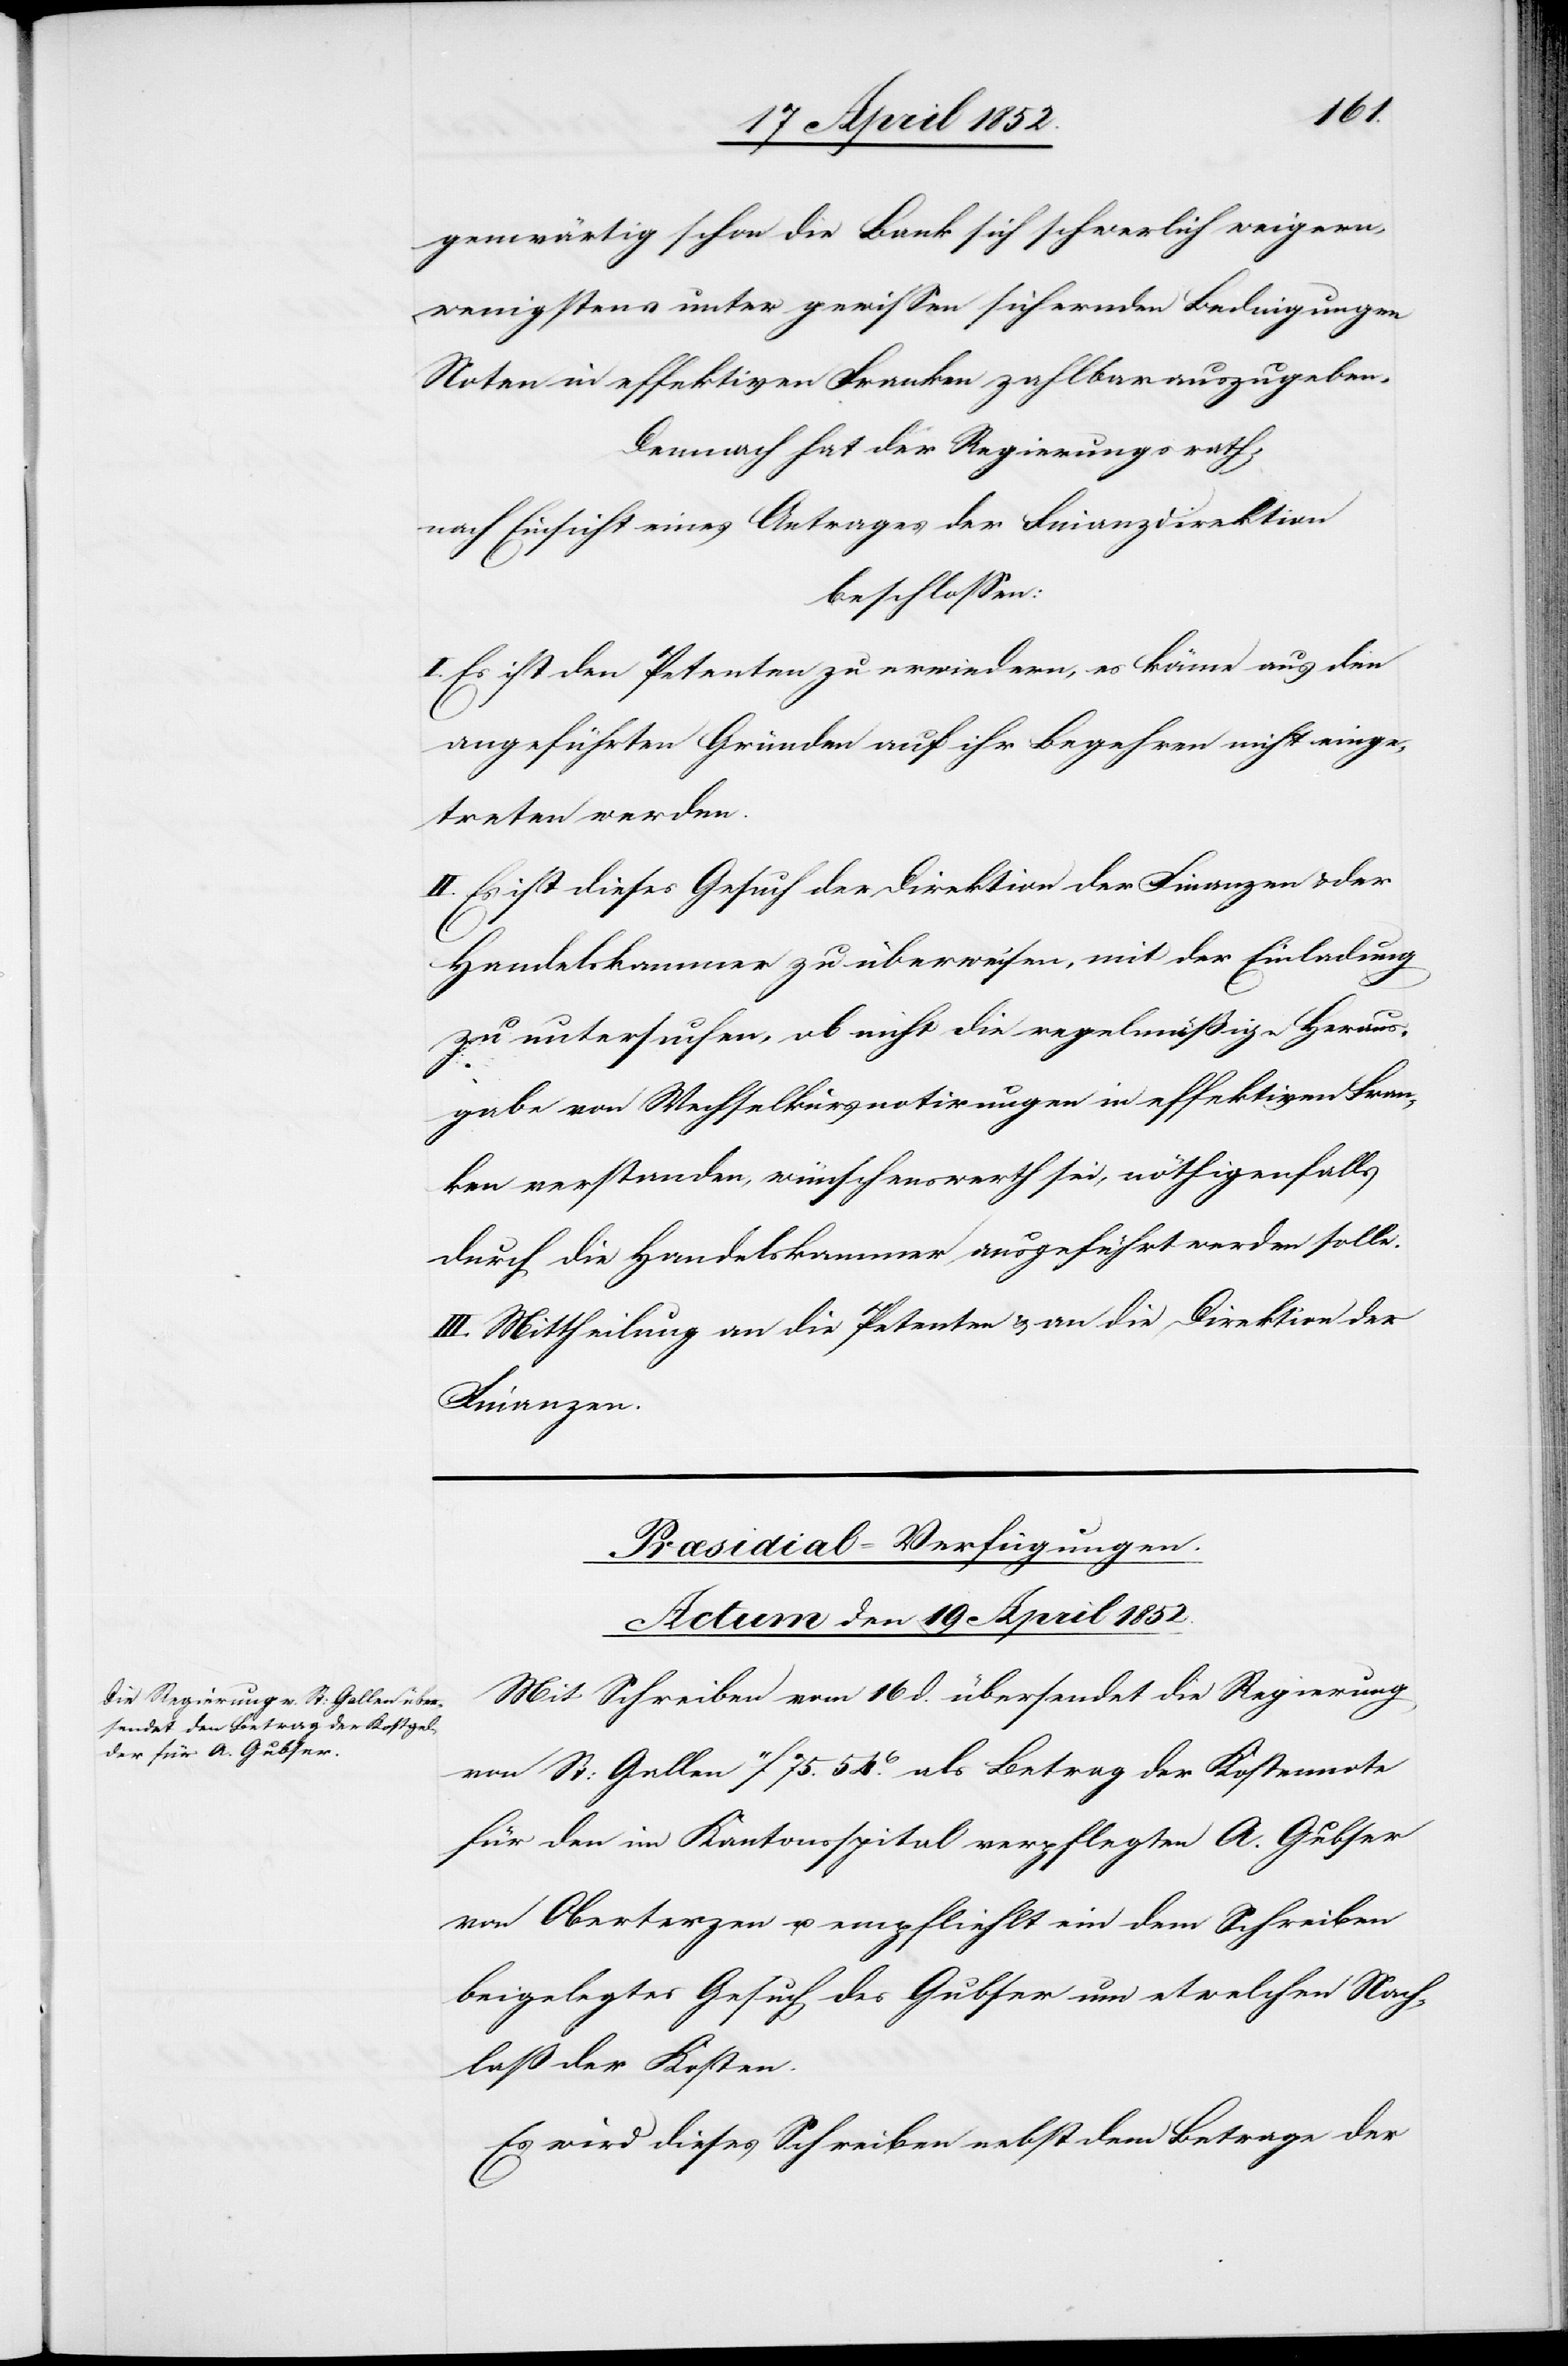
genwärtig schon die Bank sich schwerlich weigern,
wenigstens unter gewissen sichernden Bedingungen
Noten in effektiven Franken zahlbar auszugeben.
Demnach hat der Regierungsrath,
nach Einsicht eines Antrages der Finanzdirektion
beschlossen:
Es ist den Petenten zu erwiedern, es könne aus den
angeführten Gründen auf ihr Begehren nicht einge¬
treten werden.
II. Es ist dieses Gesuch der Direktion der Finanzen & der
Handelskammer zu überweisen, mit der Einladung
zu untersuchen, ob nicht die regelmäßige Heraus¬
gabe von Wechselkursnotirungen in effektiven Fran¬
ken verstanden, wünschenswerth sei, nöthigenfalls
durch die Handelskammer ausgeführt werden solle.
III. Mittheilung an die Petenten & an die Direktion der
Finanzen.
Præsidial-Verfügungen.
Actum den 19 April 1852.
Mit Schreiben vom 16 d. übersendet die Regierung
von St: Gallen 11f 75. 54.C als Betrag der Kostennote
für den im Kantonsspital verpflegten A. Gubser
von Oberterzen u. empfliehlt [recte: empfiehlt] ein
beigelegtes Gesuch des Gubser um etwelchen Nach¬
laß der Kosten.
Es wird dieses Schreiben nebst dem Betrage der